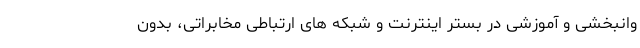
وانبخشی و آموزشی در بستر اینترنت و شبکه های ارتباطی مخابراتی، بدون